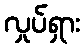
လှုပ်ရှား